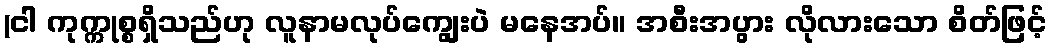
(ငါ ကုက္ကုစ္စရှိသည်ဟု လူနာမလုပ်ကျွေးပဲ မနေအပ်။ အစီးအပွား လိုလားသော စိတ်ဖြင့်